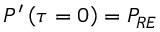
P ^ { \prime } \left( \tau = 0 \right) = P _ { R E }